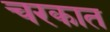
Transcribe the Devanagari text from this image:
चरकात